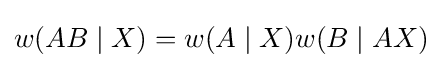
w(AB\mid X)=w(A\mid X)w(B\mid AX)